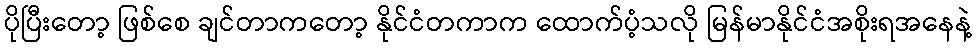
ပိုပြီးတော့ ဖြစ်စေ ချင်တာကတော့ နိုင်ငံတကာက ထောက်ပံ့သလို မြန်မာနိုင်ငံအစိုးရအနေနဲ့